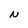
Character: N